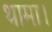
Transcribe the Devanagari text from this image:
थामा।